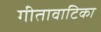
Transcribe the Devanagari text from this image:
गीतावाटिका